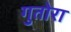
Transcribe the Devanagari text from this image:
गुतोरा